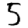
Digit: 5